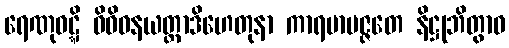
ရေဏုဝဋ္ဋိ ဝိဝိဓနယတ္တာဒိဟေတုနာ ကာရမာပဇ္ဇတေ နိဋ္ဌုဘိတွာဝ